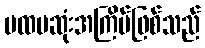
ပထမဆုံးအကြိမ်ဖြစ်သည်